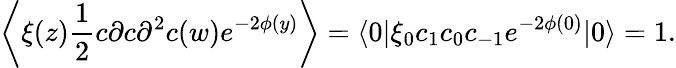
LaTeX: \left\langle\xi(z)\frac{1}{2}c\partial c\partial^{2}c(w)e^{-2\phi(y)}\right\rangle=\langle 0|\xi_{0}c_{1}c_{0}c_{-1}e^{-2\phi(0)}|0\rangle=1.